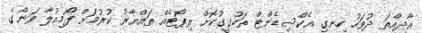
އާދިއްތަ ދުވަހު ހިނގި އެކްސިޑެންޓް ތަހުގީގުކޮށް ރިޕޯޓެއް ތައްޔާރު ކުރުމަށް ފޯމިއުލާ ވަންގެ